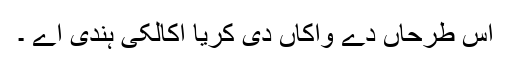
اس طرحاں دے واکاں دی کریا اکالکی ہندی اے ۔